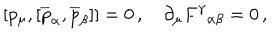
[ p _ { \mu } , [ \overline { { { p } } } _ { \alpha } , \overline { { { p } } } _ { \beta } ] ] = 0 \, , \quad \partial _ { \mu } F ^ { \gamma } { } _ { \alpha \beta } = 0 \, ,